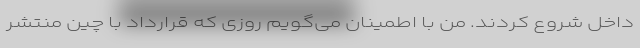
داخل شروع کردند. من با اطمینان می‌گویم روزی که قرارداد با چین منتشر